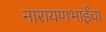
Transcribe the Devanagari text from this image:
नारायणभाईंचा